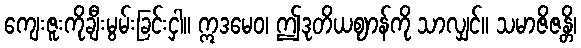
ကျေးဇူးကိုချီးမွမ်းခြင်းငှါ။ ဣဒမေဝ၊ ဤဒုတိယဈာန်ကို သာလျှင်။ သမာဇိဇန္တိ၊